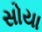
સોયા